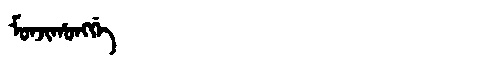
Manchu: ᠮᠣᠨᠵᡳᡥᠣᠩᡤᡝ
Romanization: MONJIHONGGE